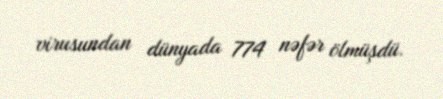
virusundan dünyada 774 nəfər ölmüşdü.